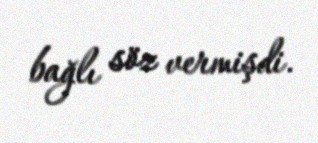
bağlı söz vermişdi.